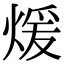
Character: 煖